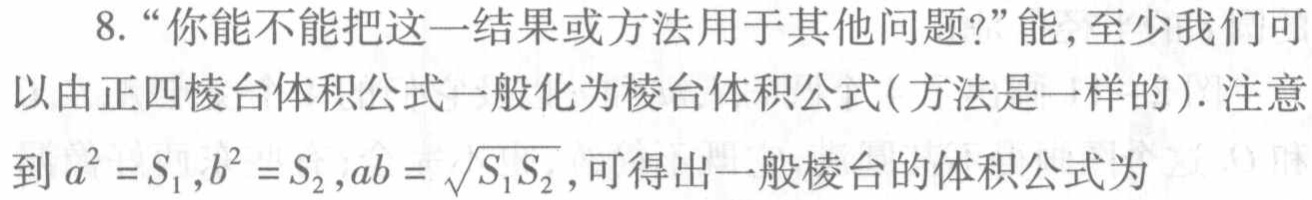
8.“你能不能把这一结果或方法用于其他问题?”能,至少我们可以由正四棱台体积公式一般化为棱台体积公式(方法是一样的). 注意到$a^{2}=S_{1},b^{2}=S_{2},ab = \sqrt{S_{1}S_{2}}$,可得出一般棱台的体积公式为